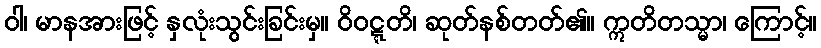
ဝါ၊ မာနအားဖြင့် နှလုံးသွင်းခြင်းမှ။ ဝိဝဋ္ဋတိ၊ ဆုတ်နစ်တတ်၏။ ဣတိတသ္မာ၊ ကြောင့်။